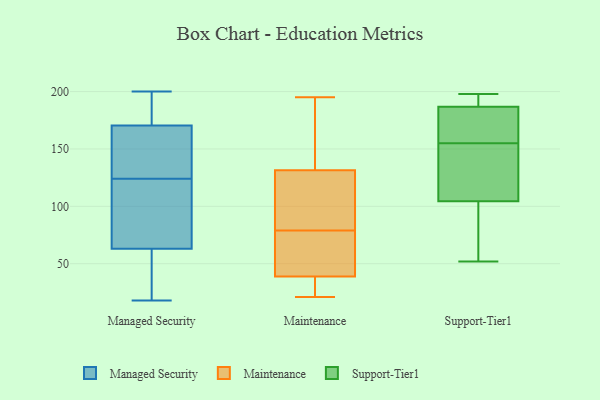
{"axis": {"x": "Bounce Rate (%)", "y": "Value"}, "legend": ["Maintenance", "Managed Security", "Support-Tier1"], "data": [{"x": "", "y": 200, "type": "Managed Security"}, {"x": "", "y": 167, "type": "Managed Security"}, {"x": "", "y": 174, "type": "Managed Security"}, {"x": "", "y": 19, "type": "Managed Security"}, {"x": "", "y": 19, "type": "Managed Security"}, {"x": "", "y": 128, "type": "Managed Security"}, {"x": "", "y": 187, "type": "Managed Security"}, {"x": "", "y": 122, "type": "Managed Security"}, {"x": "", "y": 126, "type": "Managed Security"}, {"x": "", "y": 100, "type": "Managed Security"}, {"x": "", "y": 191, "type": "Managed Security"}, {"x": "", "y": 34, "type": "Managed Security"}, {"x": "", "y": 190, "type": "Managed Security"}, {"x": "", "y": 152, "type": "Managed Security"}, {"x": "", "y": 113, "type": "Managed Security"}, {"x": "", "y": 36, "type": "Managed Security"}, {"x": "", "y": 156, "type": "Managed Security"}, {"x": "", "y": 110, "type": "Managed Security"}, {"x": "", "y": 90, "type": "Managed Security"}, {"x": "", "y": 18, "type": "Managed Security"}, {"x": "", "y": 106, "type": "Maintenance"}, {"x": "", "y": 35, "type": "Maintenance"}, {"x": "", "y": 184, "type": "Maintenance"}, {"x": "", "y": 130, "type": "Maintenance"}, {"x": "", "y": 102, "type": "Maintenance"}, {"x": "", "y": 195, "type": "Maintenance"}, {"x": "", "y": 70, "type": "Maintenance"}, {"x": "", "y": 21, "type": "Maintenance"}, {"x": "", "y": 79, "type": "Maintenance"}, {"x": "", "y": 77, "type": "Maintenance"}, {"x": "", "y": 36, "type": "Maintenance"}, {"x": "", "y": 169, "type": "Maintenance"}, {"x": "", "y": 132, "type": "Maintenance"}, {"x": "", "y": 24, "type": "Maintenance"}, {"x": "", "y": 23, "type": "Maintenance"}, {"x": "", "y": 63, "type": "Maintenance"}, {"x": "", "y": 179, "type": "Maintenance"}, {"x": "", "y": 105, "type": "Maintenance"}, {"x": "", "y": 47, "type": "Maintenance"}, {"x": "", "y": 155, "type": "Support-Tier1"}, {"x": "", "y": 132, "type": "Support-Tier1"}, {"x": "", "y": 195, "type": "Support-Tier1"}, {"x": "", "y": 162, "type": "Support-Tier1"}, {"x": "", "y": 197, "type": "Support-Tier1"}, {"x": "", "y": 86, "type": "Support-Tier1"}, {"x": "", "y": 171, "type": "Support-Tier1"}, {"x": "", "y": 110, "type": "Support-Tier1"}, {"x": "", "y": 198, "type": "Support-Tier1"}, {"x": "", "y": 72, "type": "Support-Tier1"}, {"x": "", "y": 106, "type": "Support-Tier1"}, {"x": "", "y": 189, "type": "Support-Tier1"}, {"x": "", "y": 52, "type": "Support-Tier1"}, {"x": "", "y": 180, "type": "Support-Tier1"}, {"x": "", "y": 104, "type": "Support-Tier1"}]}